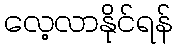
လေ့လာနိုင်ရန်